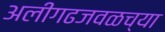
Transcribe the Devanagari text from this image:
अलीगढजवळच्या